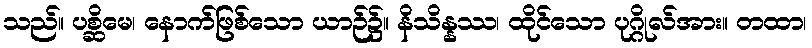
သည်။ ပစ္ဆိမေ၊ နောက်ဖြစ်သော ယာဉ်၌။ နိသိန္နဿ၊ ထိုင်သော ပုဂ္ဂိုလ်အား။ တထာ၊